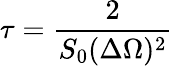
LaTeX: \tau=\frac{2}{S_{0}(\Delta\Omega)^{2}}